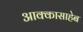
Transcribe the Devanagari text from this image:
आक्कासाहेब